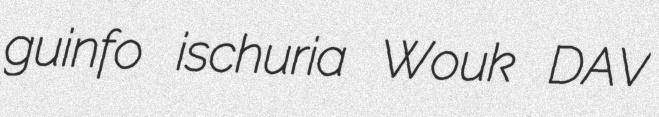
guinfo ischuria Wouk DAV